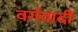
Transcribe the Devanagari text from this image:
वर्गवादी